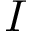
I